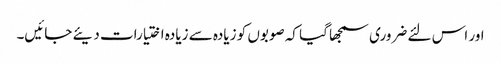
اور اس لئے ضروری سمجھا گیا کہ صوبوں کو زیادہ سے زیادہ اختیارات دیئے جائیں۔